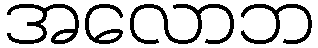
အလောဘ